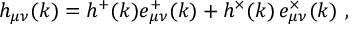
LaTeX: h _ { \mu \nu } ( k ) = h ^ { + } ( k ) e _ { \mu \nu } ^ { + } ( k ) + h ^ { \times } ( k ) \, e _ { \mu \nu } ^ { \times } ( k ) \ ,